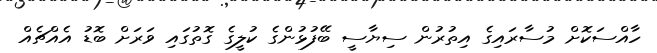
ހާއްސަކޮށް މުސާރައިގެ އިތުރުން ސިޔާސީ ބޭފުޅުންގެ ކުލީގެ ގޮތުގައި ވަރަށް ބޮޑު އެއްޗެއް